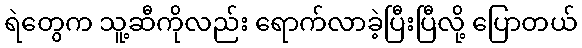
ရဲတွေက သူ့ဆီကိုလည်း ရောက်လာခဲ့ပြီးပြီလို့ ပြောတယ်